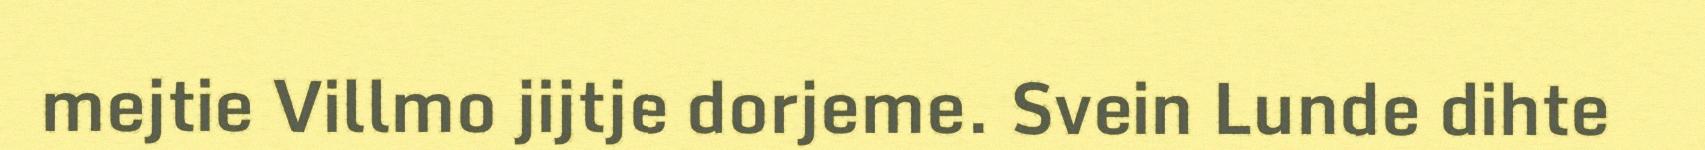
mejtie Villmo jijtje dorjeme. Svein Lunde dihte